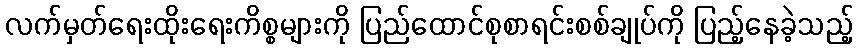
လက်မှတ်ရေးထိုးရေးကိစ္စများကို ပြည်ထောင်စုစာရင်းစစ်ချုပ်ကို ပြည့်နေခဲ့သည့်